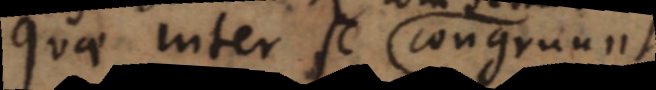
Quae inter se congruunt